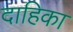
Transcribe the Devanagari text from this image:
दाहिका